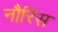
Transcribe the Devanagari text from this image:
नौरिस